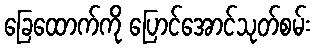
ခြေထောက်ကို ပြောင်အောင်သုတ်စမ်း